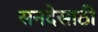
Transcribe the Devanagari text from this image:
सनदेसाठी